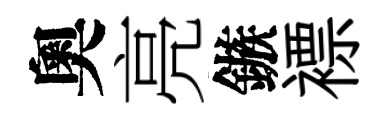
奧亮鏃褾